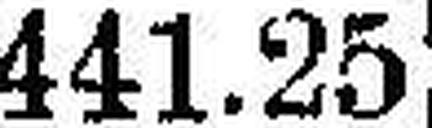
441.25